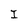
Character: I